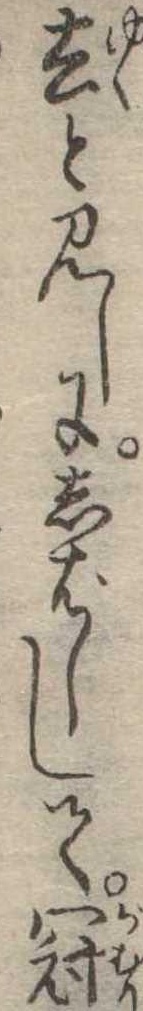
去と見しにしばしして冠